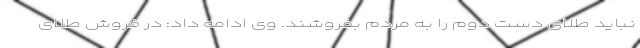
نباید طلای دست دوم را به مردم بفروشند. وی ادامه داد: در فروش طلای